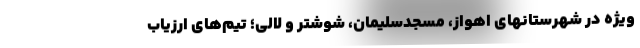
ویژه در شهرستانهای اهواز، مسجدسلیمان، شوشتر و لالی؛ تیم‌های ارزیاب